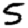
Digit: 5